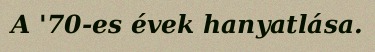
A '70-es évek hanyatlása.